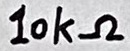
Text: 10kΩ